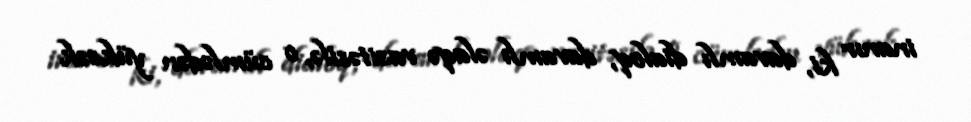
inanır ki, davamlı dialoq, davamlı əlaqə vasitəsilə, o cümlədən yüksək